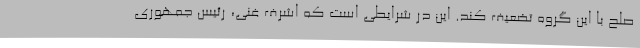
صلح با این گروه تضعیف کند. این در شرایطی است که اشرف غنی، رئيس جمهوری